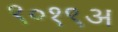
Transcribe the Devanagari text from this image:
९०१९अ